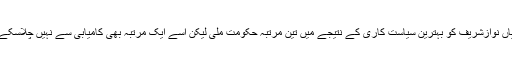
میاں نوازشریف کو بہترین سیاست کاری کے نتیجے میں تین مرتبہ حکومت ملی لیکن اسے ایک مرتبہ بھی کامیابی سے نہیں چلاسکے ۔